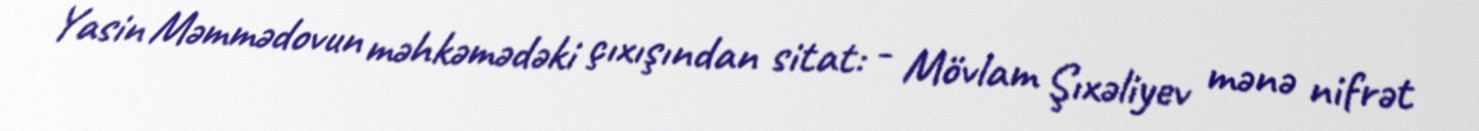
Yasin Məmmədovun məhkəmədəki çıxışından sitat: - Mövlam Şıxəliyev mənə nifrət